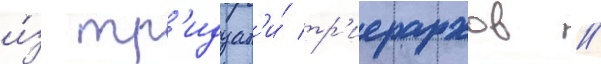
и́з тр'идцат'и́ тр'иерархов //